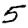
Digit: 5